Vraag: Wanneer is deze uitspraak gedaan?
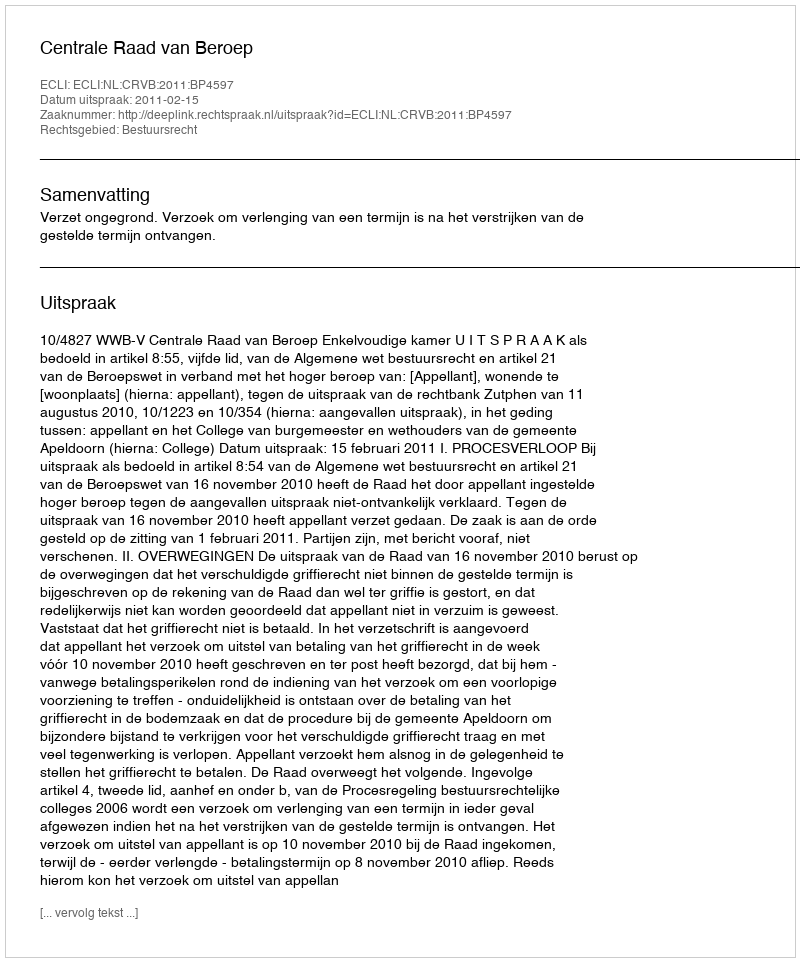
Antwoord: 2011-02-15